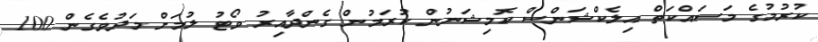
ކުރުމުގެ މަސައްކަތް އިލެކްޝަންސް ކޮމިޝަނުން ކުރަމުން ގެންދާއިރު ވޯޓު ލުމަށް މަދުވެގެން 100